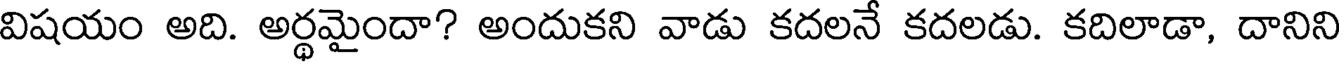
విషయం అది. అర్థమైందా? అందుకని వాడు కదలనే కదలడు. కదిలాడా, దానిని